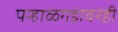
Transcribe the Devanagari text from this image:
पन्हाळगडावरही